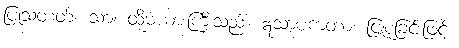
ပြုသတတ်။ သာ၊ ထိုမယားကြီးသည်။ ဣသာပကတာ၊ ငြူစူခြင်းဖြင့်